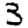
Digit: 3